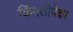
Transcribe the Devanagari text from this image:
किंमतीपेक्षा